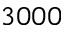
3 0 0 0